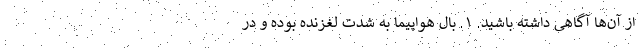
از آن‌ها آگاهی داشته باشید. ۱. بال هواپیما به شدت لغزنده بوده و در